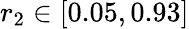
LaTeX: r_{2}\in\left[0.05,0.93\right]